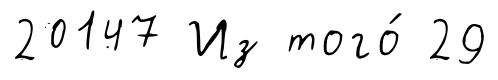
20147 Из того́ 29